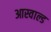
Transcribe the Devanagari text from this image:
आस्वाल्ड